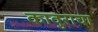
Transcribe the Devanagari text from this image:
कावुराचा